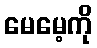
မေမေ့ကို